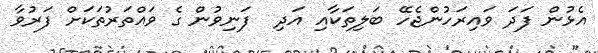
އެޅުން ފަދަ ވައިރަހުންޖެހޭ ބަލިތަކާއި އަދި  ފަނިވުން ގެ ވައްތަރުތަކަށް ފަރުވާ